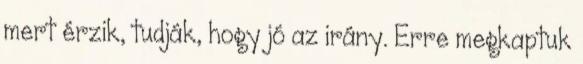
mert érzik, tudják, hogy jó az irány. Erre megkaptuk